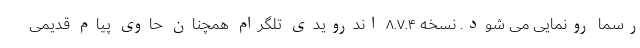
رسما رونمایی می شود. نسخه ۸.۷.۴ اندرویدی تلگرام همچنان حاوی پیام قدیمی